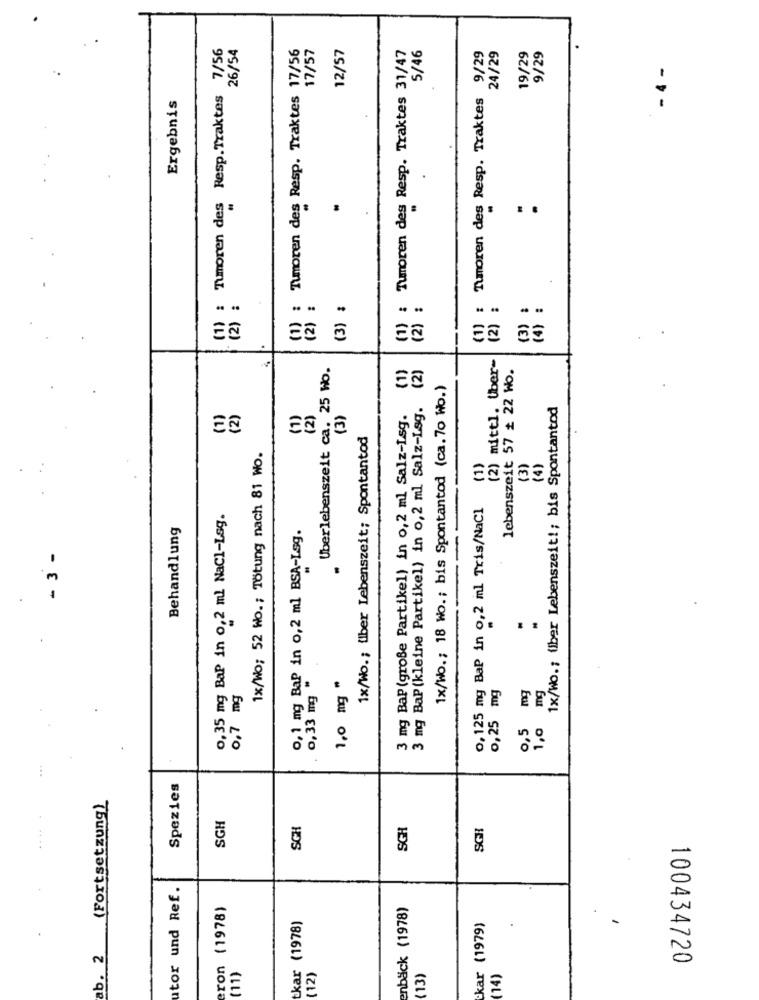
(1) : Tumoren des Resp.Traktes 7/56
26/54
(1) : Tumoren des Resp. Traktes 17/56
17/57
12/57
(1) : Tumoren des Resp. Traktes 31/47
5/46
(1) : Tumoren des Resp. Traktes 9/29
19/29
9/29
24/29
- 4 -
Ergebnis
. .
(2) :
(3) :
(2) :
(2) :
(3) :
(4) :
(2) mittl. Uber-
Uberlebenszeit ca. 25 Wo.
(1)
(2)
lebenszeit 57 + 22 Wo.
1x/Wo .; 18 Wo .; bis Spontantod (ca. 70 Wo.)
3 mg BaP (kleine Partikel) in 0,2 ml Salz-Lsg.
1x/Wo .; über Lebenszeit !; bis Spontantod
(1)
(2)
(1)
(2)
(3)
3 mg BaP (große Partikel) in 0,2 ml Salz-Lsg.
1x/Wo .; liber Lebenszeit; Spontantod
1x/Wo; 52 Wo .; Tötung nach 81 Wo.
(1)
(3)
(4)
0, 125 mg BaP in 0,2 ml Tris/NaCl
0,35 mg Bap in 0,2 ml NaCl-Lsg.
Behandlung
0,1 mg Bap in 0,2 ml BSA-Lsg.
3 -
1,0 mg "
0,25 mg
mg
0,7 mg
0, 33 mg
mg
0,5
1,0
Spezies
(Fortsetzung)
SGH
SGH
SGH
SGH
utor und Ref.
ron (1978)
enback (1978)
kar (1978)
ckar (1979)
ab. 2
(11)
100434720
(12)
(13)
(14)